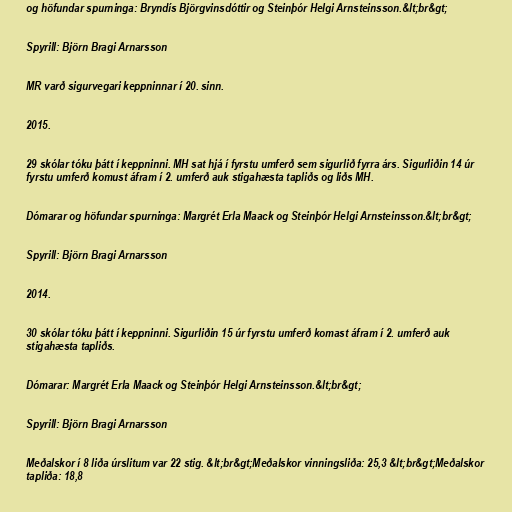
og höfundar spurninga: Bryndís Björgvinsdóttir og Steinþór Helgi Arnsteinsson.&lt;br&gt;

Spyrill: Björn Bragi Arnarsson

MR varð sigurvegari keppninnar í 20. sinn.

2015.

29 skólar tóku þátt í keppninni. MH sat hjá í fyrstu umferð sem sigurlið fyrra árs. Sigurliðin 14 úr
fyrstu umferð komust áfram í 2. umferð auk stigahæsta tapliðs og liðs MH.

Dómarar og höfundar spurninga: Margrét Erla Maack og Steinþór Helgi Arnsteinsson.&lt;br&gt;

Spyrill: Björn Bragi Arnarsson

2014.

30 skólar tóku þátt í keppninni. Sigurliðin 15 úr fyrstu umferð komast áfram í 2. umferð auk
stigahæsta tapliðs.

Dómarar: Margrét Erla Maack og Steinþór Helgi Arnsteinsson.&lt;br&gt;

Spyrill: Björn Bragi Arnarsson

Meðalskor í 8 liða úrslitum var 22 stig. &lt;br&gt;Meðalskor vinningsliða: 25,3 &lt;br&gt;Meðalskor
tapliða: 18,8